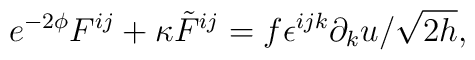
e^{-2\phi}F^{ij}+\kappa {\tilde F}^{ij}=f\epsilon^{ijk}\partial_ku/\sqrt{2h},